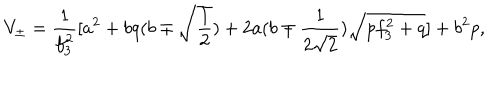
LaTeX: V _ { \pm } = \frac { 1 } { f _ { 3 } ^ { 2 } } \lbrack a ^ { 2 } + b q ( b \mp \sqrt { \frac 1 2 } ) + 2 a ( b \mp \frac { 1 } { 2 \sqrt { 2 } } ) \sqrt { p f _ { 3 } ^ { 2 } + q } \rbrack + b ^ { 2 } p ,